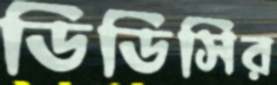
ডিডিসির